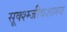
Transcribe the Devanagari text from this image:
सूक्श्म्जीवशास्त्र